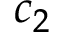
c _ { 2 }